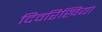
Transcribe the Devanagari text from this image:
दिवरिखिया